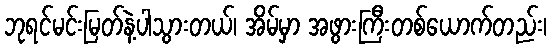
ဘုရင်မင်းမြတ်နဲ့ပါသွားတယ်၊ အိမ်မှာ အဖွားကြီးတစ်ယောက်တည်း၊